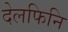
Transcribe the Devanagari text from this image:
देलफिनि